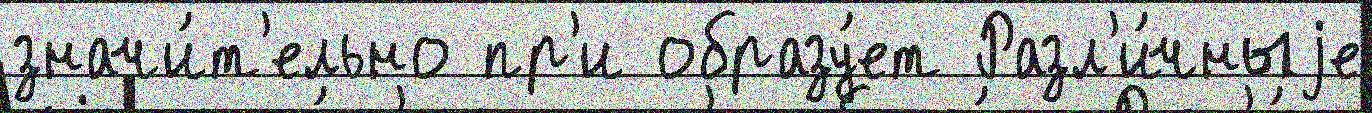
значи́т'ельно пр'и образу́ет Разл'и́чныjе